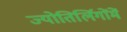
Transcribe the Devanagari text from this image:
ज्योतिर्लिगोंमें